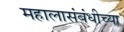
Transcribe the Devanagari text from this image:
महालासंबंधीच्या